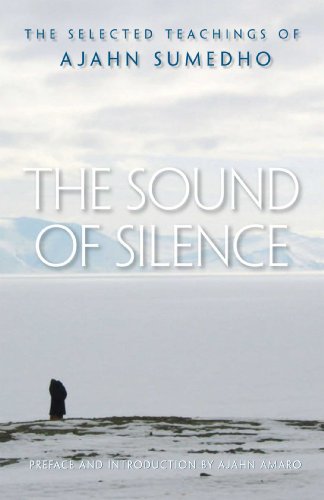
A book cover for The Sound of Silence: The Selected Teachings of Ajahn Sumedho; Ajahn Sumedho; Religion & Spirituality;